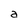
Character: a